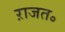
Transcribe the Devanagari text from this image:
ऱाजत॰